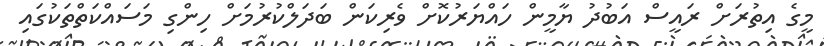
މީގެ އިތުރަށް ރައީސް އަބުދު ޔާމީން ހައްޔަރުކޮށް ވެރިކަން ބަދަލްކުރުމަށް ހިންގި މަސައްކަތްތަކުގައި